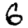
Digit: 6